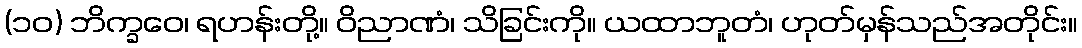
(၁၀) ဘိက္ခဝေ၊ ရဟန်းတို့။ ဝိညာဏံ၊ သိခြင်းကို။ ယထာဘူတံ၊ ဟုတ်မှန်သည်အတိုင်း။